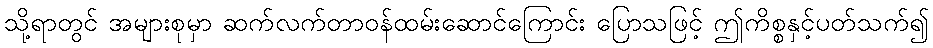
သို့ရာတွင် အများစုမှာ ဆက်လက်တာဝန်ထမ်းဆောင်ကြောင်း ပြောသဖြင့် ဤကိစ္စနှင့်ပတ်သက်၍